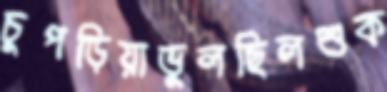
চুপড়িয়াভুলছিলশুক